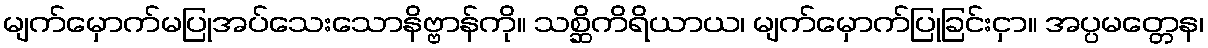
မျက်မှောက်မပြုအပ်သေးသောနိဗ္ဗာန်ကို။ သစ္ဆိကိရိယာယ၊ မျက်မှောက်ပြုခြင်းငှာ။ အပ္ပမတ္တေန၊